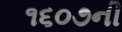
૧૬૦૭ની